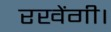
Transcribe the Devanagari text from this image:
रखेंगी।